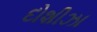
દોશીઝા